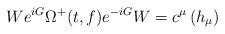
LaTeX: \begin{align*}We^{iG}\Omega^+(t,f)e^{-iG}W=c^\mu\left(h_\mu \right)\end{align*}